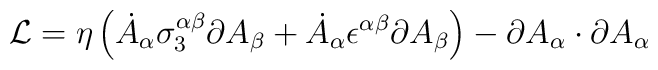
{\cal L} = \eta\left(\dot A_\alpha\sigma_3^{\alpha\beta}\partial A_\beta+ \dot A_\alpha\epsilon^{\alpha\beta}\partial A_\beta\right) - \partial A_\alpha\cdot\partial A_\alpha